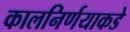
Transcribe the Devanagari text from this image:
कालनिर्णयाकडे